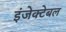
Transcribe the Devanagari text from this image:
इंजेक्टेबल